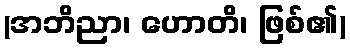
(အဘိညာ၊ ဟောတိ၊ ဖြစ်၏)